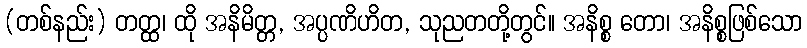
(တစ်နည်း) တတ္ထ၊ ထို အနိမိတ္တ, အပ္ပဏိဟိတ, သုညတတို့တွင်။ အနိစ္စ တော၊ အနိစ္စဖြစ်သော